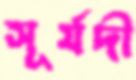
সূর্যদী